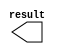
module y1_0 (
	result);

	output	[9:0]  result;

endmodule